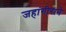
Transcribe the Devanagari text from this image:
जहांगीराने